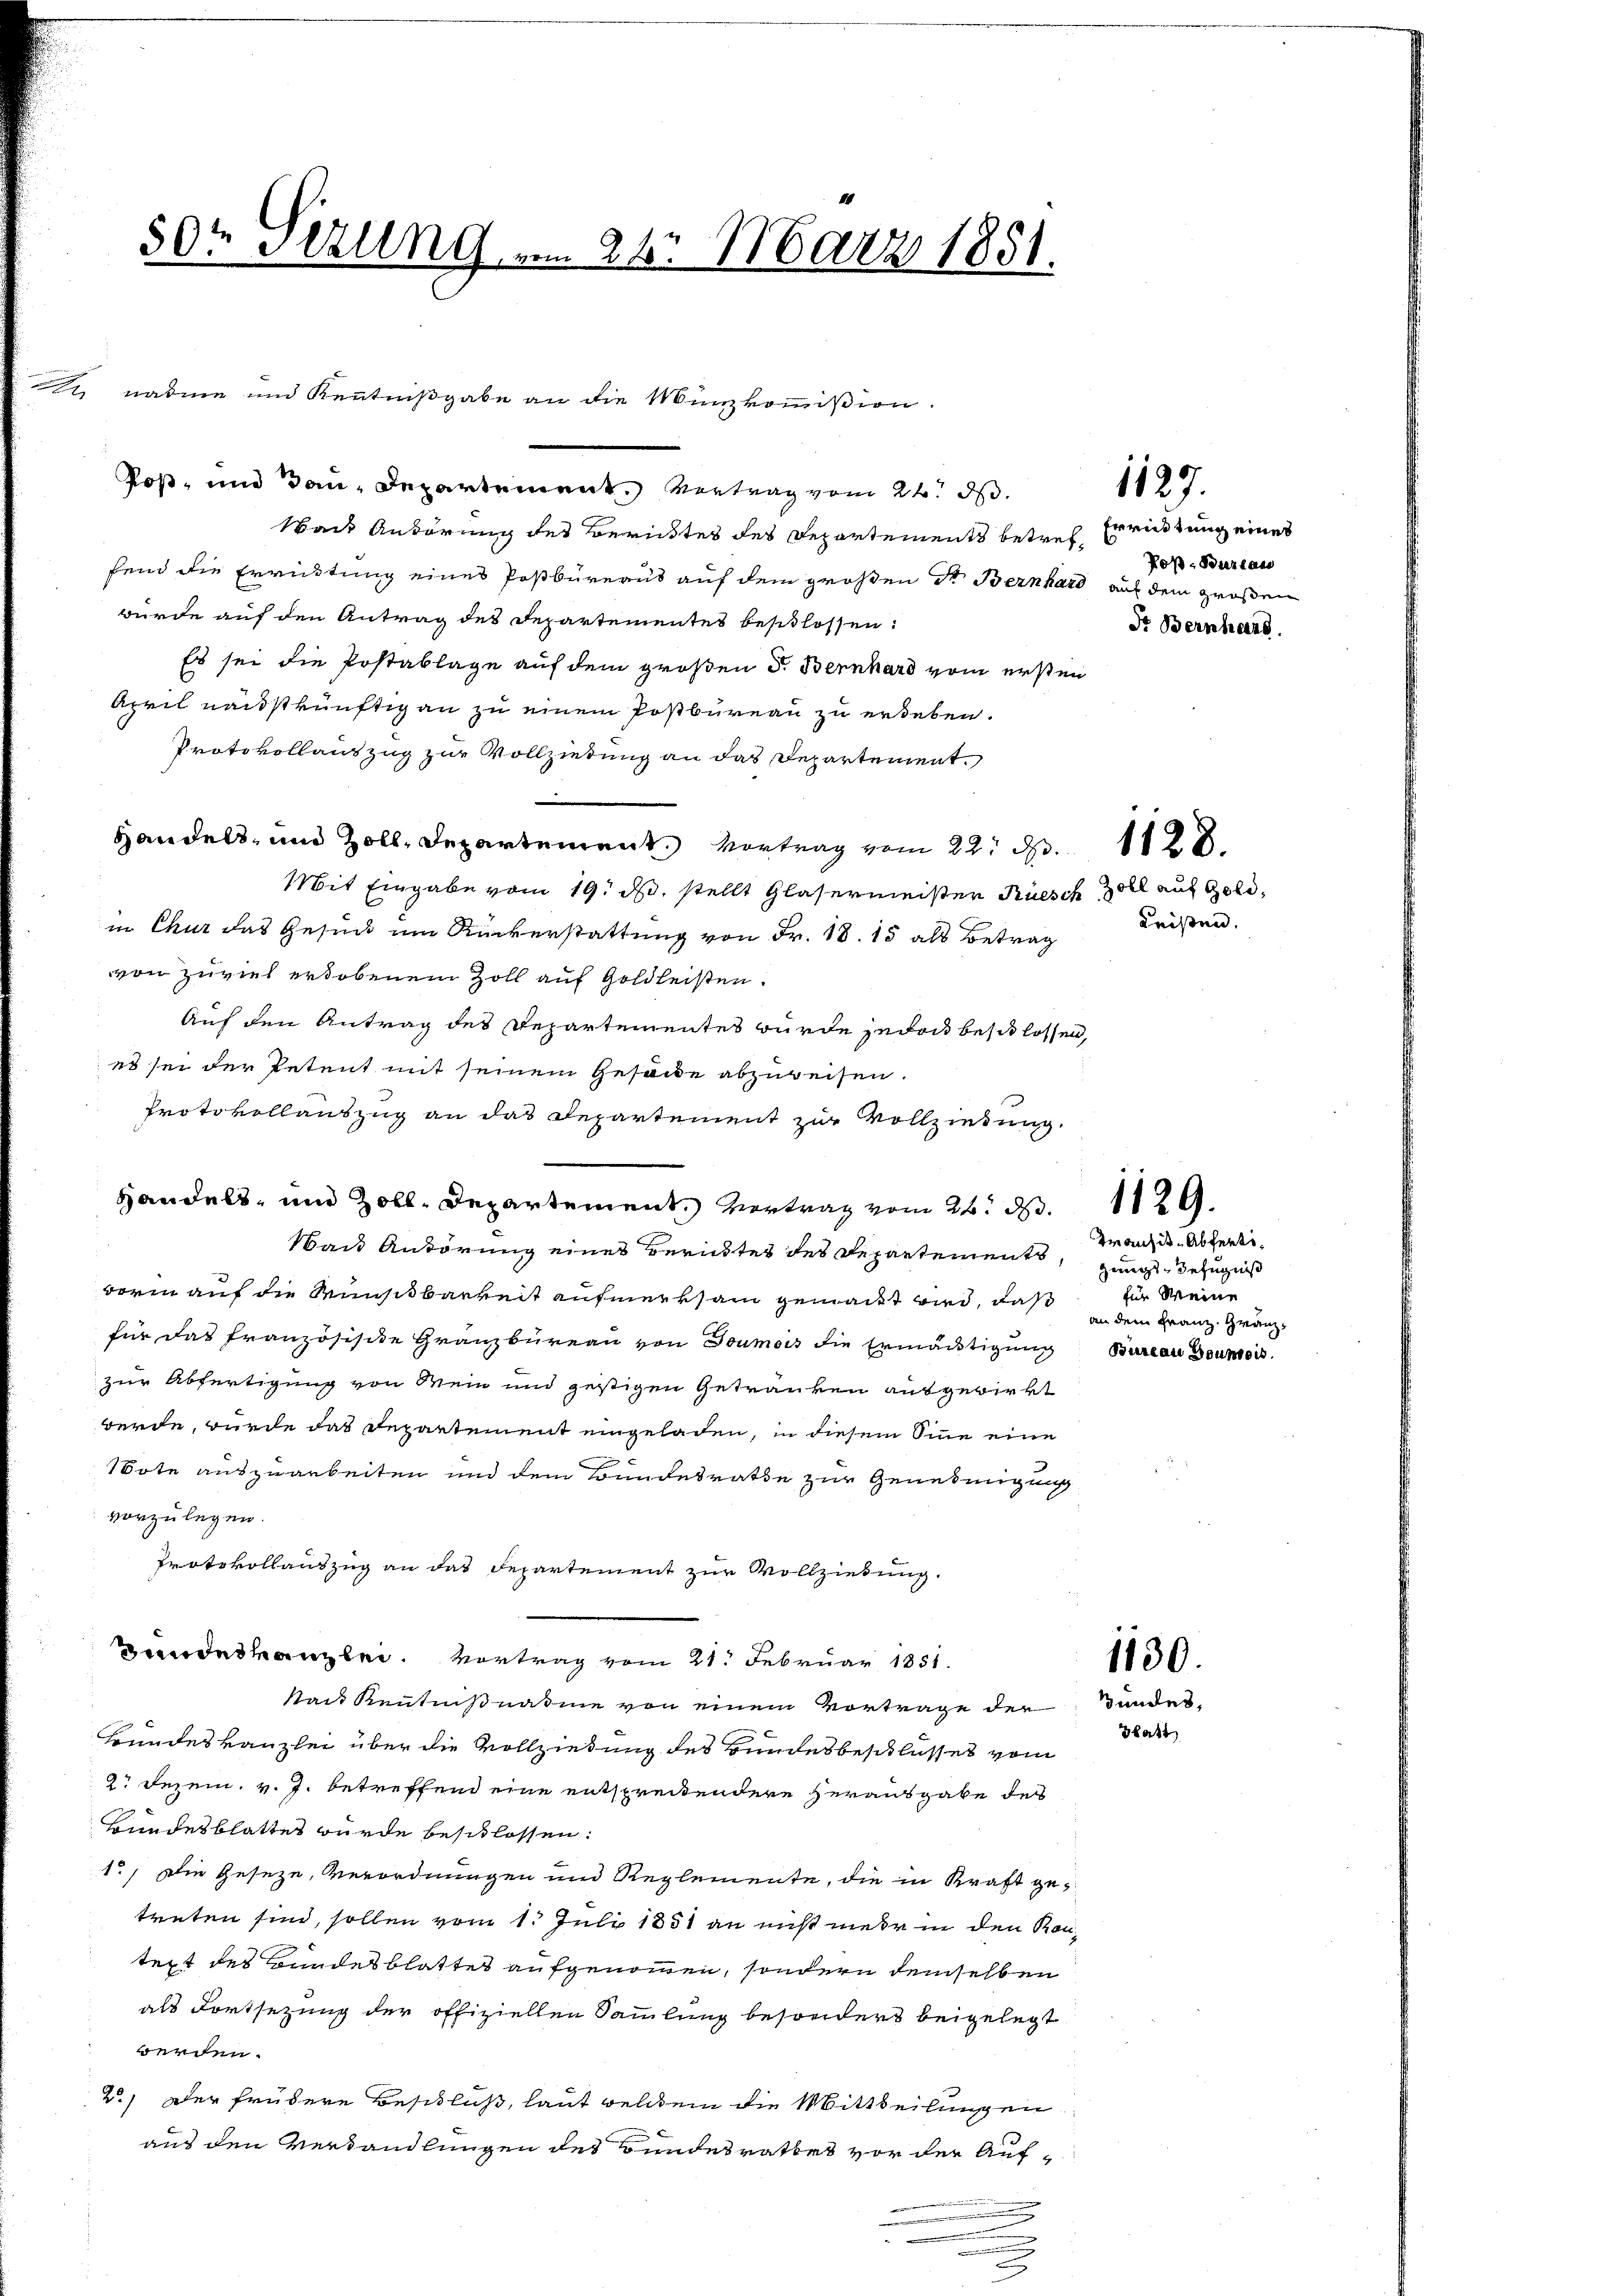
Roß, und dan Departement. Vertrag vom 24. ds.
Want Antörung des Berichtes des Departements betref Er rüstung eines
fend die Errichtung eines Postbüreaus auf dem großen Dr. Bernhard auf dem großen
würde auf den Antrag des Departementes beschlossen:
Es sei die Postablage auf dem großen d. Bernhard vom ersten
April nachstkünftig an zu einem Postbureau zu erleben.
Protokollauszug zur Vollziehung an das Departement.
Handels- und Zoll, Departement. Vortrag vom 22. d.
Mit Eingabe vom 19. ds. stellt Glasermeister Rüesch 302 auf Gold,
in Chur das Gesuch um Ruckerstattung von Fr. 18. 15 als Betrag
von zuviel erhobenem Zoll auf Goldleisten.
Auf den Antrag des Departementes wurde jedoch beschlossen,
es sei der Petent mit seinem Gesande abzuweisen.
Protokollauszug an das Departement zur Vollziedung.
Handels- und Zoll-Departement. Vertrag vom 26. d. 1129.
Nach Anhörung eines Berichtes des Departements, zeugt Befugniß
Form auf die Wunstbarkeit aufmerksam gemacht wird, daß in dem Franz Granz
für das Franzosisite Granzbüreau von Goumois die Ermächtigung
zur Abfertigung von Wein und gestigen Getränken ausgewirkt
werde, wurde das Departement eingeladen, in diesem Sinne eine
Note auszuarbeiten und dem Bundesrathe zur Genehmigung
vorzulegen.
Protokollauszug an das Departement zur Vollziehung.
ndehanze. Vortrag vom 21. Februar 1851.
Sact Kenntnißnahme von einem Vortrage der
Bundeskanzlei über die Vollziehung des Bundesbeschlusses vom
2. Dezem. v. J. betreffend eine entsprechtendere Herausgabe des
Bundesblattes wurde beschlossen:
1.) Die Geseze, Verordnungen und Reglemente, die in Kraft getreten sind, sollen vom 1. Juli 1851 an nicht mehr in den Kantext des Bundesblattes aufgenommen, sondern demselben
als Fortsezung der offiziellen Sammlung besonders beigelegt
werden.
2.) Der frühere Beschluß, laut welchem die Mittheilungen
aus den Verhandlungen des Bundesrathes vor der Auf-
3

50t Sezung am 24. März 1851.

1 nahme und Kenntnißgabe an die Münzkommißion.

Poß-Bureau

1127.

Leisten.

Franzit-Abfertifür Meine
Bureau Doumois.

Dr. Bernhard.

1128.

1130.
Bundes,
Blatt